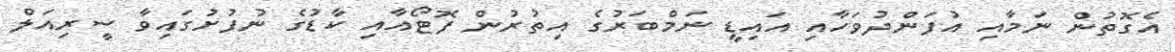
އެގޮތުން ނަމާއި އުފަންދުވަހާއި އައިޑީ ނަމްބަރުގެ އިތުރުން ފޮޓޯއާއި ކާޑުގެ ނުފުށުގައިވާ ސީރިއަލް